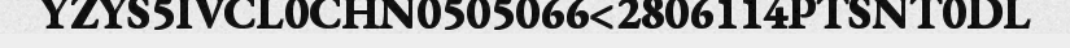
YZYS5IVCL0CHN0505066<2806114PTSNT0DL